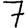
Digit: 7